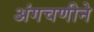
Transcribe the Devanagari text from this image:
अंगचणीने